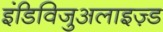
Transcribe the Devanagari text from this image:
इंडिविजुअलाइज़्ड